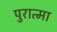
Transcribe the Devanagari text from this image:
पुरात्मा